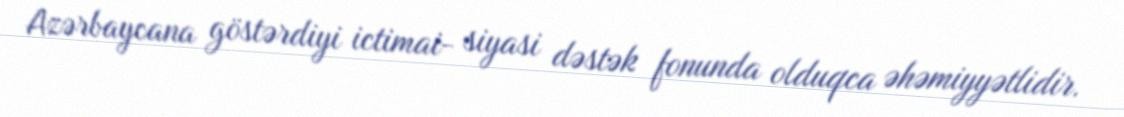
Azərbaycana göstərdiyi ictimai- siyasi dəstək fonunda olduqca əhəmiyyətlidir.